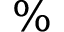
\%